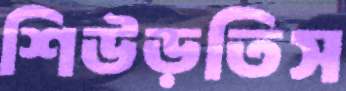
শিউড়তিস